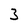
Character: 3